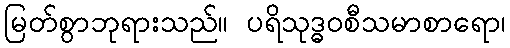
မြတ်စွာဘုရားသည်။ ပရိသုဒ္ဓဝစီသမာစာရော၊